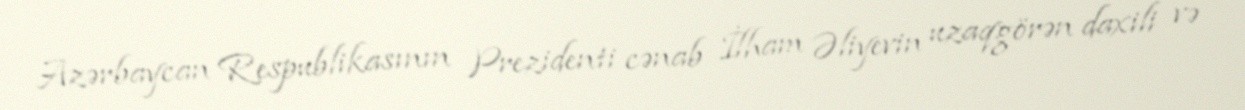
Azərbaycan Respublikasının Prezidenti cənab İlham Əliyevin uzaqgörən daxili və